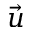
\vec { u }